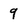
Character: 9